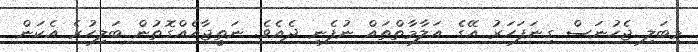
މިބަލި ޖެހުނަސް ގިނަފަހަރު އޭގެ އަލާމާތްތައް ނުފެނި ދެއެވެ. ނަތީޖާއެއްގޮތުން ބަލިހުރެ އެކަން